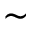
\sim